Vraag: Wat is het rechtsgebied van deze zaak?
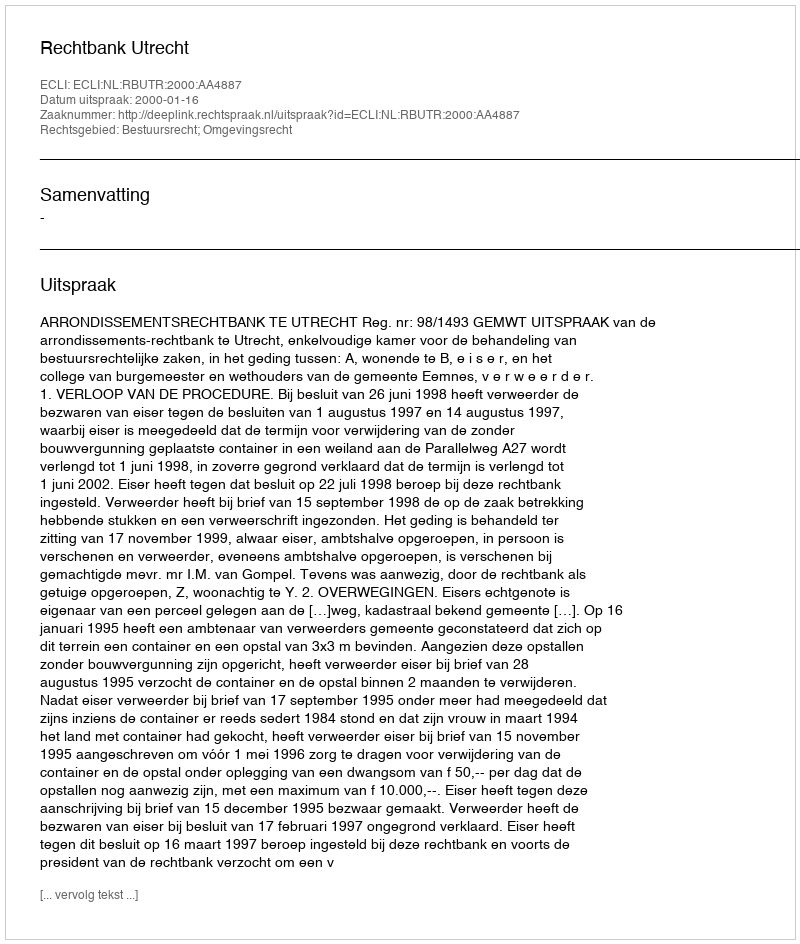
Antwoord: Bestuursrecht; Omgevingsrecht